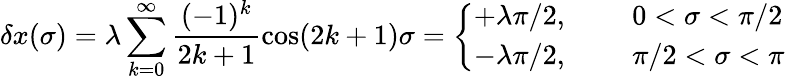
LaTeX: \delta x(\sigma)=\lambda\sum_{k=0}^{\infty}\frac{(-1)^{k}}{2k+1}\cos(2k+1)\sigma=\left\{ \begin{array}{ll}{{+\lambda\pi/2,\; \; \; \; \; }}&{{0<\sigma<\pi/2}}\\ {{-\lambda\pi/2,\; \; \; \; \; }}&{{\pi/2<\sigma<\pi}}\end{array}\right.